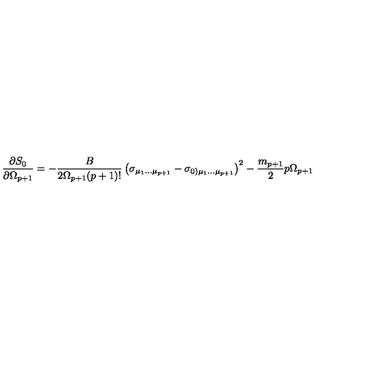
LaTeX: { \frac { \partial S _ { 0 } } { \partial \Omega _ { p + 1 } } } = - { \frac { B } { 2 \Omega _ { p + 1 } ( p + 1 ) ! } } \left( \sigma _ { \mu _ { 1 } \dots \mu _ { p + 1 } } - \sigma _ { 0 ) \mu _ { 1 } \dots \mu _ { p + 1 } } \right) ^ { 2 } - \frac { m _ { p + 1 } } { 2 } p \Omega _ { p + 1 } \,